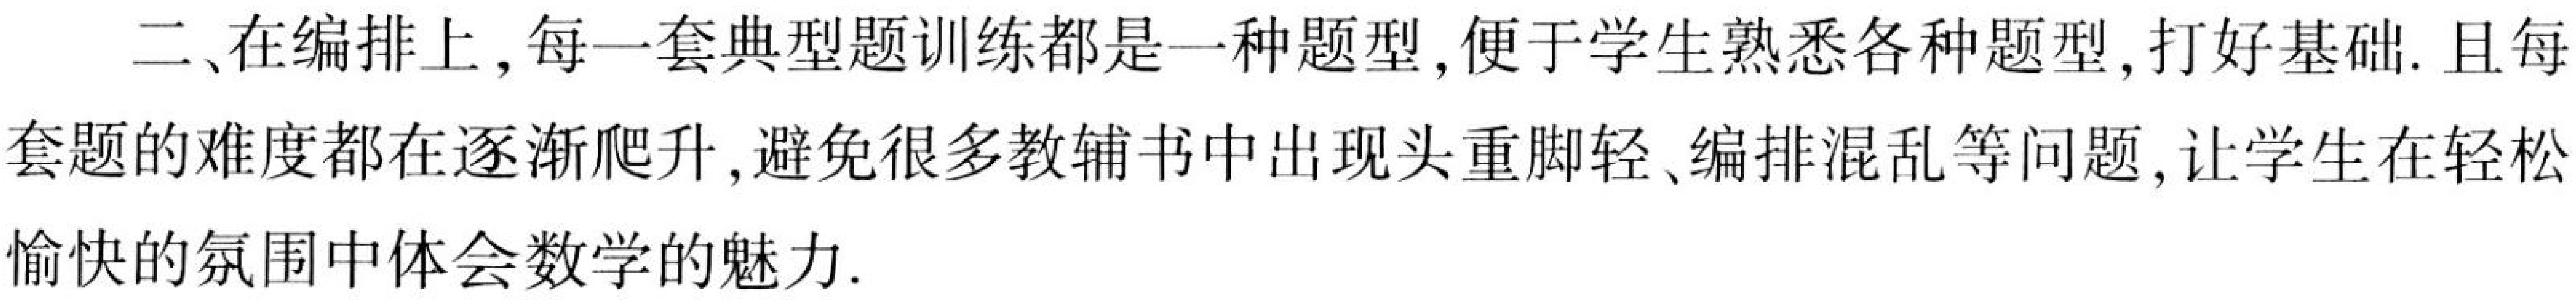
二、在编排上,每一套典型题训练都是一种题型,便于学生熟悉各种题型,打好基础.且每
套题的难度都在逐渐爬升,避免很多教辅书中出现头重脚轻、编排混乱等问题,让学生在轻松
愉快的氛围中体会数学的魅力.